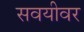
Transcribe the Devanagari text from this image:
सवयीवर